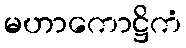
မဟာကောဋ္ဌိကံ